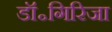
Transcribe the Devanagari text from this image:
डॉ॰गिरिजा